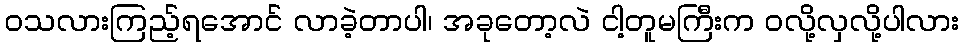
ဝသလားကြည့်ရအောင် လာခဲ့တာပါ၊ အခုတော့လဲ ငါ့တူမကြီးက ဝလို့လှလို့ပါလား